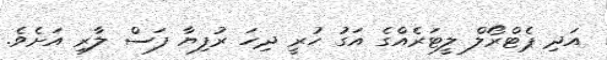
އަދި ޕެޓްރޯލް ލީޓަރެއްގެ އަގު ހުރީ ދިހަ ރުފިޔާ ފަސް ލާރި އަށެވެ.